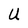
Character: U